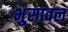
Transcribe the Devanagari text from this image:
भुुसावल